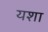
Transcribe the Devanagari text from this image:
यशा